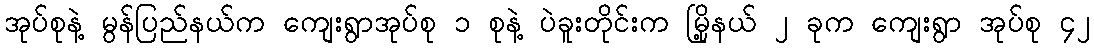
အုပ်စုနဲ့ မွန်ပြည်နယ်က ကျေးရွာအုပ်စု ၁ စုနဲ့ ပဲခူးတိုင်းက မြို့နယ် ၂ ခုက ကျေးရွာ အုပ်စု ၄၂